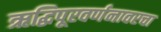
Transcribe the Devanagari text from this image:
ऋद्धिपूरवर्णनावरचा